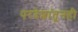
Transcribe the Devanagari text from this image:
परदेशांतूनही